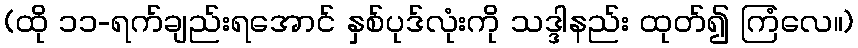
(ထို ၁၁-ရက်ချည်းရအောင် နှစ်ပုဒ်လုံးကို သဒ္ဒါနည်း ထုတ်၍ ကြံလေ။)